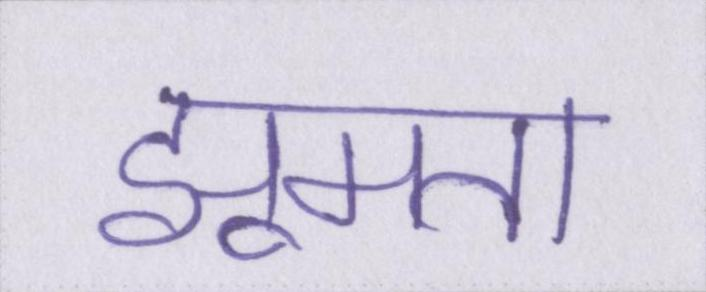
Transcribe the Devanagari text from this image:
झूमता